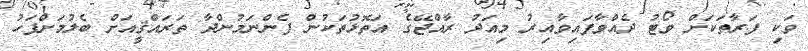
ވަކި ފަރާތަކަށް ވޯޓު ދެއްވާފައިވާއިރު މިއަދު ރާއްޖޭގެ އަތޮޅުތަކުން ފެންނަމުންދާ ތަރައްޤީއަށް ބެލުމަށްފަހު